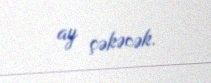
ay çəkəcək.